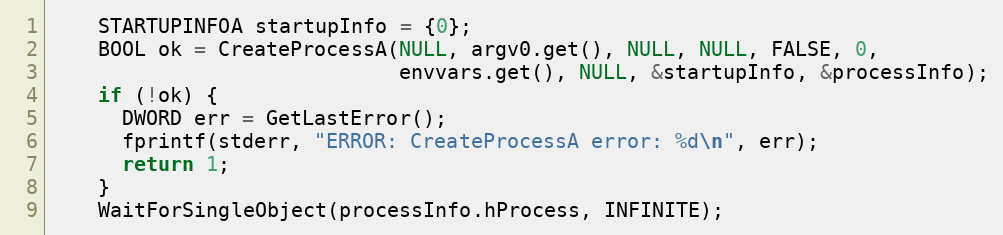
Language: C++
    STARTUPINFOA startupInfo = {0};
    BOOL ok = CreateProcessA(NULL, argv0.get(), NULL, NULL, FALSE, 0,
                             envvars.get(), NULL, &startupInfo, &processInfo);
    if (!ok) {
      DWORD err = GetLastError();
      fprintf(stderr, "ERROR: CreateProcessA error: %d\n", err);
      return 1;
    }
    WaitForSingleObject(processInfo.hProcess, INFINITE);